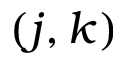
( j , k )